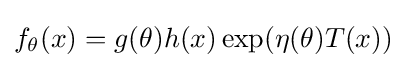
f_{\theta }(x)=g(\theta )h(x)\exp(\eta (\theta )T(x))